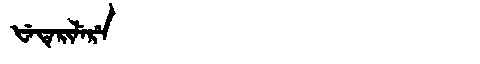
Manchu: ᡶᡝᡨᡝᡵᡳᠯᡝᡵᡝ
Romanization: FETERILERE